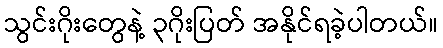
သွင်းဂိုးတွေနဲ့ ၃ဂိုးပြတ် အနိုင်ရခဲ့ပါတယ်။